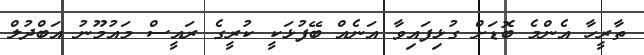
ތާރީހާ އެންމެ ބޮޑަށް ގުޅިފައިވާ އަނެއް ބޭފުޅަކީ ކުރީގެ ރައީސް މައުމޫނު އަބްދުލް